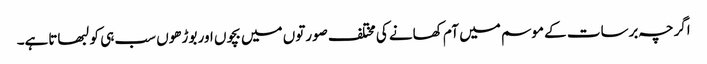
اگرچہ برسات کے موسم میں آم کھانے کی مختلف صورتوں میں بچوں اور بوڑھوں سب ہی کو لبھاتاہے۔